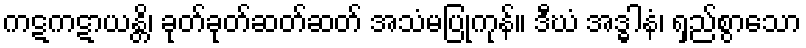
ကဋကဋာယန္တိ၊ ခုတ်ခုတ်ဆတ်ဆတ် အသံမပြုကုန်။ ဒီဃံ အဒ္ဓါနံ၊ ရှည်စွာသော